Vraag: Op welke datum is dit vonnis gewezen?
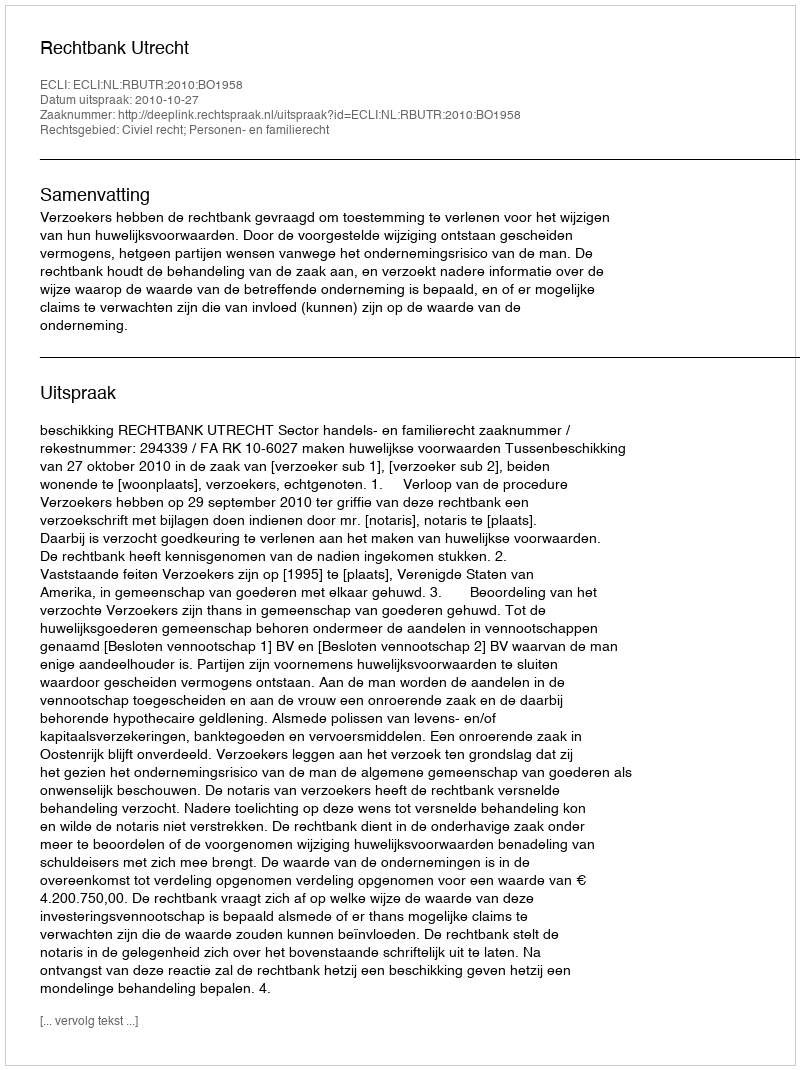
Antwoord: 2010-10-27